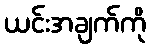
ယင်းအချက်ကို